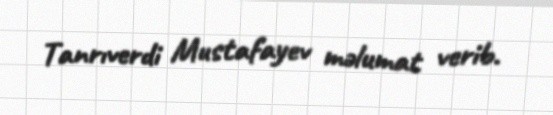
Tanrıverdi Mustafayev məlumat verib.